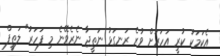
އެކަމަކު ކުރީ އަހަރަށް ވުރެ ރަނގަޅު ނަތީޖާ ނެރެވޭނެ މި ފަހަރު" ލަތީފް